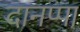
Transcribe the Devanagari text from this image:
दानप्पा